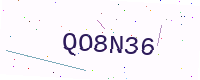
Text: QO8N36